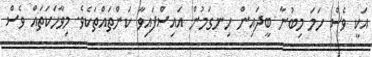
އަކީ ވެސް ހަމަ މިބުނާ ބީދައިން ހިނގަމުން އައިސްފައިވާ ކަންތައްތަކެވެ. މިވާހަކަތައް ވެސް